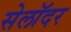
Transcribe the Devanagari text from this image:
सेलॉदर